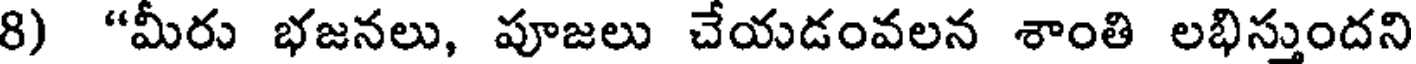
8) "మీరు భజనలు, పూజలు చేయడంవలన శాంతి లభిస్తుందని